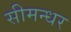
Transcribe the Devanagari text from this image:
सीमन्धर